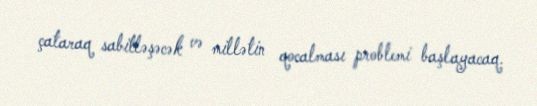
çataraq sabitləşəcək və millətin qocalması problemi başlayacaq.